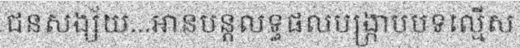
ជនសង្ស័យ...អានបន្តលទ្ធផលបង្ក្រាបបទល្មើស